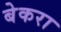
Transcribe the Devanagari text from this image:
बेकरा